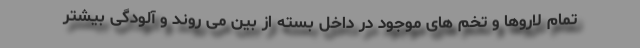
تمام لاروها و تخم های موجود در داخل بسته از بین می روند و آلودگی بیشتر